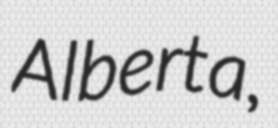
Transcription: Alberta,